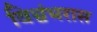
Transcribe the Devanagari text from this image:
विश्वंभरास